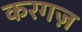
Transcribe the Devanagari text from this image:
करगज़